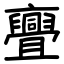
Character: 亹